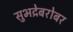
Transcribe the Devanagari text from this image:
सुभद्रेबरोबर